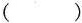
()